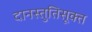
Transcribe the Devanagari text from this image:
दानस्तुतिसूक्त